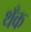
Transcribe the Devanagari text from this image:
थँक